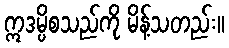
ဣဒမ္ပိစသည်ကို မိန့်သတည်း။